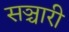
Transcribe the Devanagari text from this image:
सञ्चारी